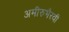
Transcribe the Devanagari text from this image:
अमीरुभैरवी